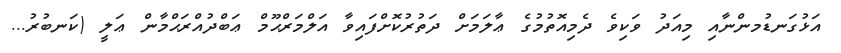
އަޅުގަނޑުމންނާއި މިއަދު ވަކިވެ ދެމިއޮތުމުގެ ޢާލަމަށް ދަތުރުކޮށްފައިވާ އަލްމަރްޙޫމް ޢަބްދުއްރަޙްމާން ޢަލީ (ކަނބުރު...